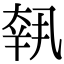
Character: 𡙕